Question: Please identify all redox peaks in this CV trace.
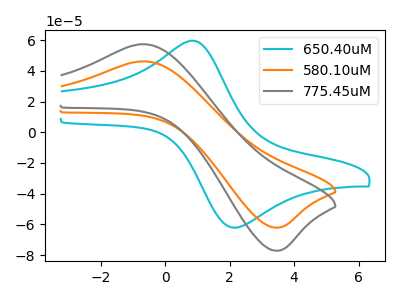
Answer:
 <answer>The cyan curve "650.40uM" has an anodic peak at (0.95V, 59.20uA) and a cathodic peak at (2.20V, -62.10uA). The orange curve "580.10uM" has an anodic peak at (-0.70V, 46.20uA) and a cathodic peak at (3.40V, -62.20uA). The gray curve "775.45uM" has an anodic peak at (-0.70V, 57.35uA) and a cathodic peak at (3.40V, -77.20uA).</answer>
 <eval></eval>